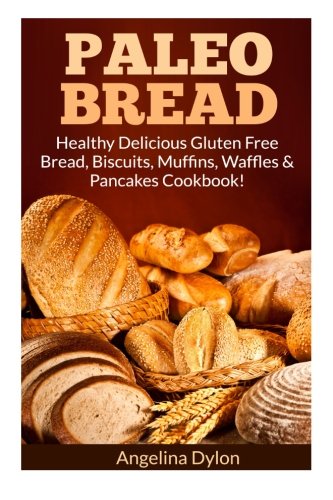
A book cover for Paleo Bread: Healthy Delicious Gluten Free Bread, Biscuits, Muffins, Waffles & Pancakes Cookbook!; Angelina Dylon; Cookbooks, Food & Wine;